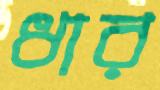
ধার